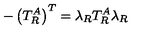
- \left( T _ { R } ^ { A } \right) ^ { T } = \lambda _ { R } T _ { R } ^ { A } \lambda _ { R }